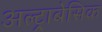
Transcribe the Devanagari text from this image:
अल्ट्राबेसिक